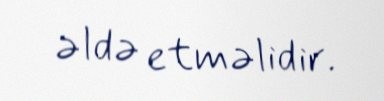
əldə etməlidir.